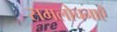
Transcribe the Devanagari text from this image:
समलोचनाएँ